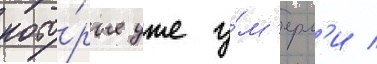
кото́рые уже у́м'ерл'и /